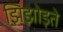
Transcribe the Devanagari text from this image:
झिझोड़ते